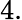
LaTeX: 4.